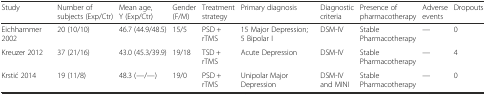
<table><thead><tr><td><b>Study</b></td><td><b>Number of subjects (Exp/Ctr)</b></td><td><b>Mean age, Y (Exp/Ctr)</b></td><td><b>Gender (F/M)</b></td><td><b>Treatment strategy</b></td><td><b>Primary diagnosis</b></td><td><b>Diagnostic criteria</b></td><td><b>Presence of pharmacotherapy</b></td><td><b>Adverse events</b></td><td><b>Dropouts</b></td></tr></thead><tbody><tr><td>Eichhammer 2002</td><td>20 (10/10)</td><td>46.7 (44.9/48.5)</td><td>15/5</td><td>PSD + rTMS</td><td>15 Major Depression; 5 Bipolar Ι</td><td>DSM-IV</td><td>Stable Pharmacotherapy</td><td>—</td><td>0</td></tr><tr><td>Kreuzer 2012</td><td>37 (21/16)</td><td>43.0 (45.3/39.9)</td><td>19/18</td><td>TSD + rTMS</td><td>Acute Depression</td><td>DSM-IV</td><td>Stable Pharmacotherapy</td><td>—</td><td>4</td></tr><tr><td>Krstić 2014</td><td>19 (11/8)</td><td>48.3 (—/—)</td><td>19/0</td><td>PSD + rTMS</td><td>Unipolar Major Depression</td><td>DSM-IV and MINI</td><td>Stable Pharmacotherapy</td><td>—</td><td>0</td></tr></tbody></table>